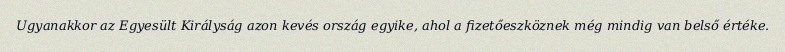
Ugyanakkor az Egyesült Királyság azon kevés ország egyike, ahol a fizetőeszköznek még mindig van belső értéke.